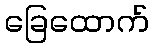
ခြေထောက်